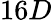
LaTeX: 16D